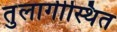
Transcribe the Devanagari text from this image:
तुलागीस्थित